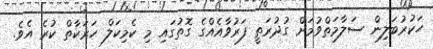
ހަކުރުބަލިން ސަލާމަތްވުމަށް ގުދުރަތީ ފަރުވާއެއްގެ ގޮތުގައި މި ކެމިކަލް ހަރަކާތް ކުރެ އެވެ.